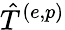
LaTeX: \hat{T}^{(e,p)}